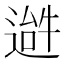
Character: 𬨹